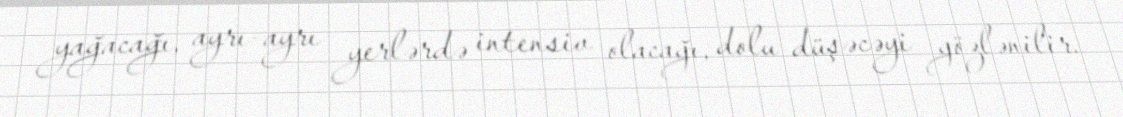
yağacağı, ayrı-ayrı yerlərdə intensiv olacağı, dolu düşəcəyi gözlənilir.